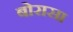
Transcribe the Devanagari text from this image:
बोरासा